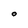
Character: O